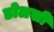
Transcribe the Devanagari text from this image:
डोलसी